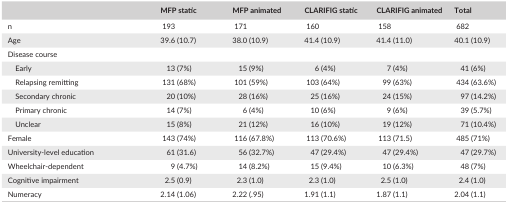
<table><thead><tr><td></td><td><b>MFP static</b></td><td><b>MFP animated</b></td><td><b>CLARIFIG static</b></td><td><b>CLARIFIG animated</b></td><td><b>Total</b></td></tr></thead><tbody><tr><td>n</td><td>193</td><td>171</td><td>160</td><td>158</td><td>682</td></tr><tr><td>Age</td><td>39.6 (10.7)</td><td>38.0 (10.9)</td><td>41.4 (10.9)</td><td>41.4 (11.0)</td><td>40.1 (10.9)</td></tr><tr><td colspan="6">Disease course</td></tr><tr><td>Early</td><td>13 (7%)</td><td>15 (9%)</td><td>6 (4%)</td><td>7 (4%)</td><td>41 (6%)</td></tr><tr><td>Relapsing remitting</td><td>131 (68%)</td><td>101 (59%)</td><td>103 (64%)</td><td>99 (63%)</td><td>434 (63.6%)</td></tr><tr><td>Secondary chronic</td><td>20 (10%)</td><td>28 (16%)</td><td>25 (16%)</td><td>24 (15%)</td><td>97 (14.2%)</td></tr><tr><td>Primary chronic</td><td>14 (7%)</td><td>6 (4%)</td><td>10 (6%)</td><td>9 (6%)</td><td>39 (5.7%)</td></tr><tr><td>Unclear</td><td>15 (8%)</td><td>21 (12%)</td><td>16 (10%)</td><td>19 (12%)</td><td>71 (10.4%)</td></tr><tr><td>Female</td><td>143 (74%)</td><td>116 (67.8%)</td><td>113 (70.6%)</td><td>113 (71.5)</td><td>485 (71%)</td></tr><tr><td>University‐level education</td><td>61 (31.6)</td><td>56 (32.7%)</td><td>47 (29.4%)</td><td>47 (29.4%)</td><td>47 (29.7%)</td></tr><tr><td>Wheelchair‐dependent</td><td>9 (4.7%)</td><td>14 (8.2%)</td><td>15 (9.4%)</td><td>10 (6.3%)</td><td>48 (7%)</td></tr><tr><td>Cognitive impairment</td><td>2.5 (0.9)</td><td>2.3 (1.0)</td><td>2.3 (1.0)</td><td>2.5 (1.0)</td><td>2.4 (1.0)</td></tr><tr><td>Numeracy</td><td>2.14 (1.06)</td><td>2.22 (.95)</td><td>1.91 (1.1)</td><td>1.87 (1.1)</td><td>2.04 (1.1)</td></tr></tbody></table>